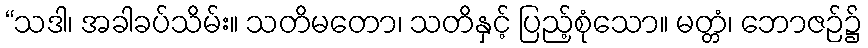
“သဒါ၊ အခါခပ်သိမ်း။ သတိမတော၊ သတိနှင့် ပြည့်စုံသော။ မတ္တံ၊ ဘောဇဉ်၌